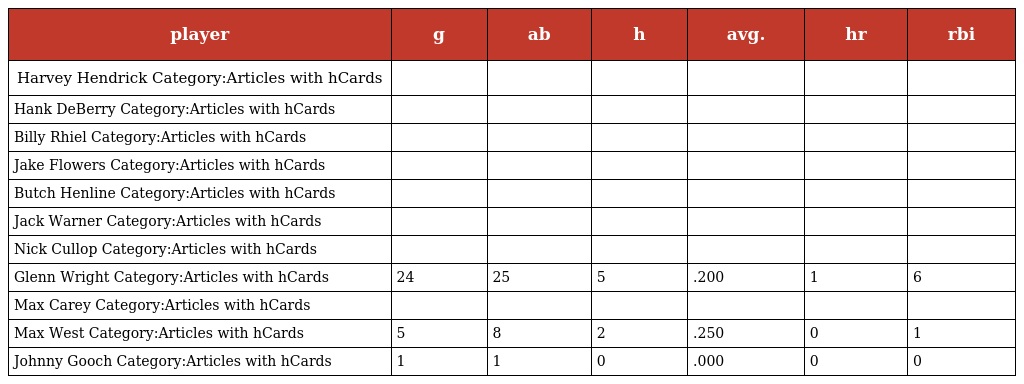
| player | g | ab | h | avg. | hr | rbi |
 | --- | --- | --- | --- | --- | --- | --- |
 | Harvey Hendrick Category:Articles with hCards |  |  |  |  |  |  |
 | Hank DeBerry Category:Articles with hCards |  |  |  |  |  |  |
 | Billy Rhiel Category:Articles with hCards |  |  |  |  |  |  |
 | Jake Flowers Category:Articles with hCards |  |  |  |  |  |  |
 | Butch Henline Category:Articles with hCards |  |  |  |  |  |  |
 | Jack Warner Category:Articles with hCards |  |  |  |  |  |  |
 | Nick Cullop Category:Articles with hCards |  |  |  |  |  |  |
 | Glenn Wright Category:Articles with hCards | 24 | 25 | 5 | .200 | 1 | 6 |
 | Max Carey Category:Articles with hCards |  |  |  |  |  |  |
 | Max West Category:Articles with hCards | 5 | 8 | 2 | .250 | 0 | 1 |
 | Johnny Gooch Category:Articles with hCards | 1 | 1 | 0 | .000 | 0 | 0 |